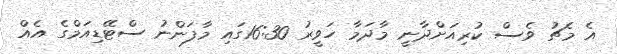
އެ މެޗު ވެސް ކުރިއަށްދާނީ މާދަމާ ހަވީރު 16:30ގައި މާފަންނު ސްޓޭޑިއަމްގެ އެއް